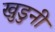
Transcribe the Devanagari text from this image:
खुडुनी